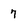
Character: 7